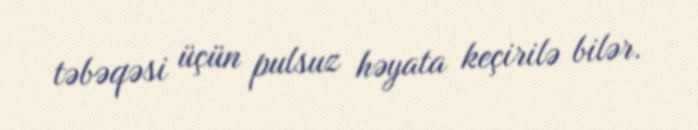
təbəqəsi üçün pulsuz həyata keçirilə bilər.